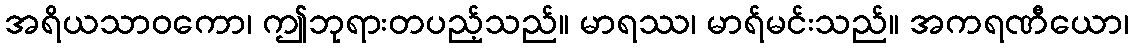
အရိယသာဝကော၊ ဤဘုရားတပည့်သည်။ မာရဿ၊ မာရ်မင်းသည်။ အကရဏီယော၊